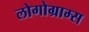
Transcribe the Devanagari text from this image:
लोगोग्राम्स